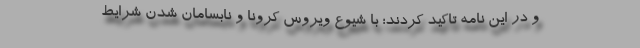
و در این نامه تاکید کردند؛ با شیوع ویروس کرونا و نابسامان شدن شرایط